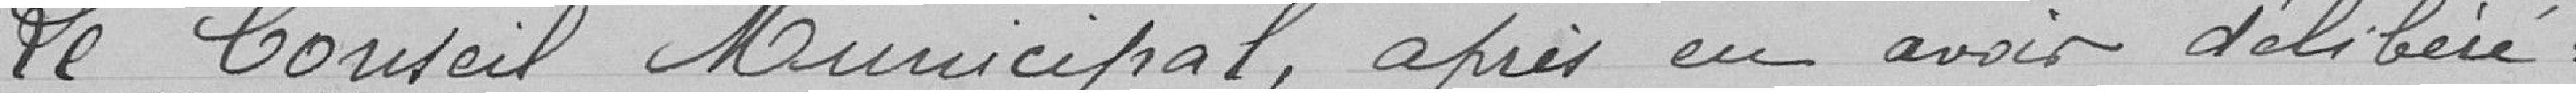
Le conseil municipal, après en avoir délibéré